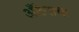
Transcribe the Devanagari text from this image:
अँटेनाचा